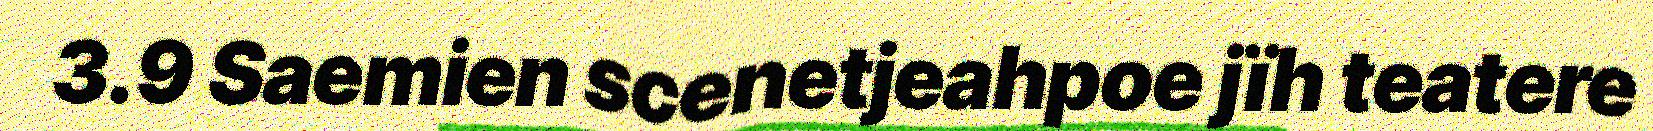
3.9 Saemien scenetjeahpoe jïh teatere